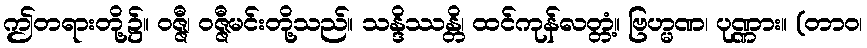
ဤတရားတို့၌။ ဝဇ္ဇီ၊ ဝဇ္ဇီမင်းတို့သည်။ သန္ဒိဿန္တိ၊ ထင်ကုန်လတ္တံ့။ ဗြဟ္မဏ၊ ပုဏ္ဏား။ (တာဝ၊